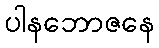
ပါနဘောဇနေ